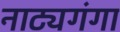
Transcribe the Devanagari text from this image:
नाट्यगंगा